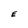
Character: E